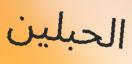
الحبلين